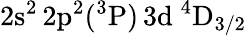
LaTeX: \mathrm{2s^{2}\, 2p^{2}(^{3}P)\, 3d~^{4}D_{3/2}}